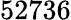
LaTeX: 52736